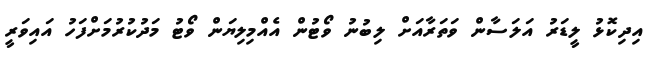
އިދިކޮޅު ލީޑަރު އަލަސާން ވަތަރާއަށް ލިބުނު ވޯޓުން އެއްމިލިޔަން ވޯޓު މަދުކުރުމަށްފަހު އައިވަރީ